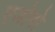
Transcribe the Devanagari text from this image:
एजोगो